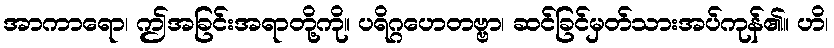
အာကာရော၊ ဤအခြင်းအရာတို့ကို။ ပရိဂ္ဂဟေတဗ္ဗာ၊ ဆင်ခြင်မှတ်သားအပ်ကုန်၏။ ဟိ၊